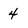
Character: 4